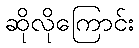
ဆိုလိုကြောင်း